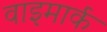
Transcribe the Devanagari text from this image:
वाइमार्क